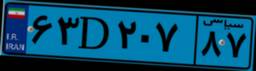
۷۵D۶۹۰۱۲